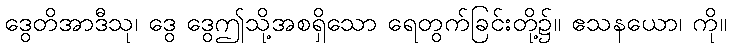
ဒွေတိအာဒီသု၊ ဒွေ ဒွေဤသို့အစရှိသော ရေတွက်ခြင်းတို့၌။ ဧသနယော၊ ကို။